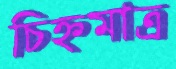
চিহ্নমাত্র